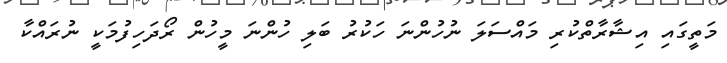
މަތީގައި އިޝާރާތްކުރި މައްސަލަ ނުހުންނަ ހަކުރު ބަލި ހުންނަ މީހުން ރޯދަހިފުމަކީ ނުރައްކާ